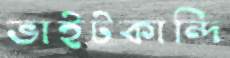
ভাইটকান্দি